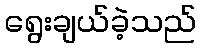
ရွေးချယ်ခဲ့သည်